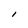
Character: I